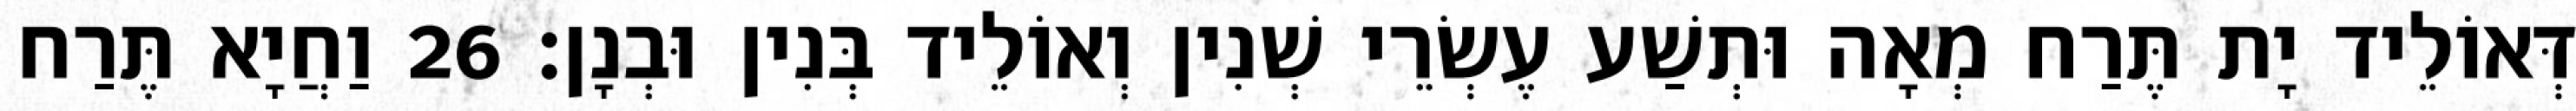
דְּאוֹלֵיד יָת תֶּרַח מְאָה וּתְשַׁע עֶשְׂרֵי שְׁנִין וְאוֹלֵיד בְּנִין וּבְנָן׃ 26 וַחֲיָא תֶּרַח